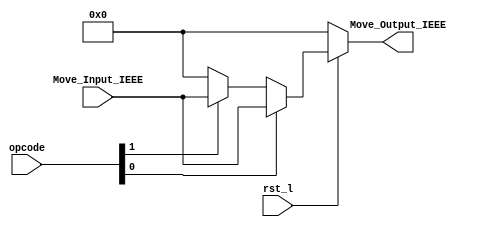
module FPU_move(rst_l,opcode,Move_Input_IEEE,Move_Output_IEEE);
  //Standard Defination For Parameterization
  
  parameter Std = 31; // Means IEEE754 Std 32 Bit Single Precision -1 for bits
  
  input [Std : 0] Move_Input_IEEE; // Input of IEEE754 32 Move Instruction 
  input [1:0] opcode; // opcode for selection
  input rst_l; // clock & reset for Synchronizations
  output [Std : 0] Move_Output_IEEE; // Output of IEEE754 32 Move Instruction 
  
  wire [Std : 0] Move_Output_IEEE; // Define reg becuase it is Output of IEEE754 32 Move Instruction 
   
  // New logic will  be
  assign Move_Output_IEEE = (rst_l == 1'b0) ? { (Std+1){1'b0} } :  (opcode[0] == 1'b1) ? Move_Input_IEEE : (opcode[1] == 1'b1) ? Move_Input_IEEE : { (Std+1){1'b0} } ;
  
endmodule